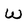
Character: W